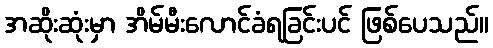
အဆိုးဆုံးမှာ အိမ်မီးလောင်ခံရခြင်းပင် ဖြစ်ပေသည်။